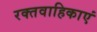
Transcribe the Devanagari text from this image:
रक्तवाहिकाएं